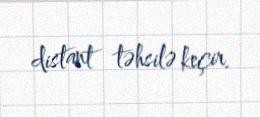
distant təhsilə keçir.